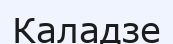
Каладзе